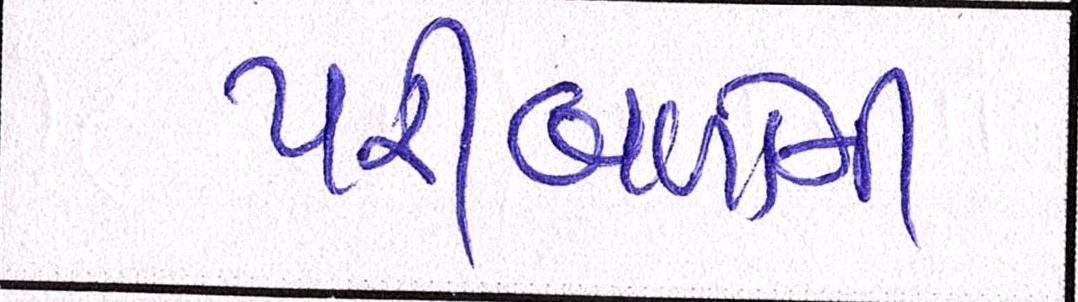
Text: પરીબળોની